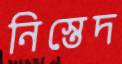
নিস্তেদ